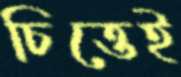
চিত্তেই